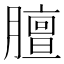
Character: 膻